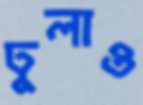
ঢুলাও